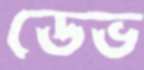
ডেভ